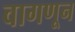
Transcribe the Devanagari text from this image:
वागणून